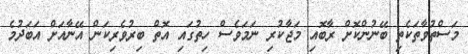
މަސްތުވާތަކެތި ބޭނުންކޮށް ރާބޮއި މަޖާކުރި ނަމަވެސް ހިތުގައި އޮތް ބިރުވެރިކަން އޭނާއަށް އަބަދުމެ